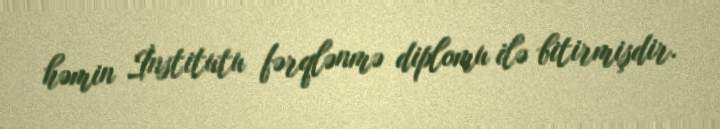
həmin İnstitutu fərqlənmə diplomu ilə bitirmişdir.